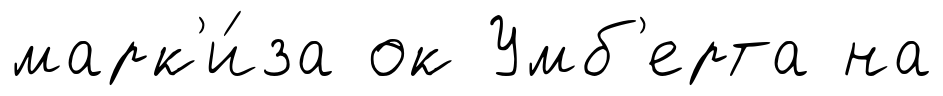
марк'и́за ок Умб'ерта на